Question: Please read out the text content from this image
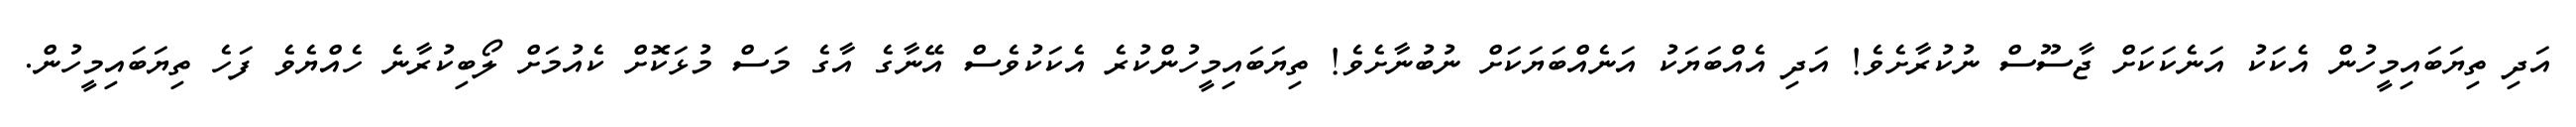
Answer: އަދި ތިޔަބައިމީހުން އެކަކު އަނެކަކަށް ޖާސޫސް ނުކުރާށެވެ! އަދި އެއްބަޔަކު އަނެއްބަޔަކަށް ނުބުނާށެވެ! ތިޔަބައިމީހުންކުރެ އެކަކުވެސް އޭނާގެ އާގެ މަސް މުޅަކޮށް ކެއުމަށް ލޯބިކުރާނެ ހެއްޔެވެ ފަހެ ތިޔަބައިމީހުން.